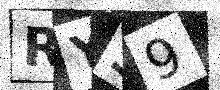
Text: RY39